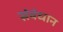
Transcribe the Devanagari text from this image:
संवंधान